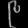
Digit: ၉